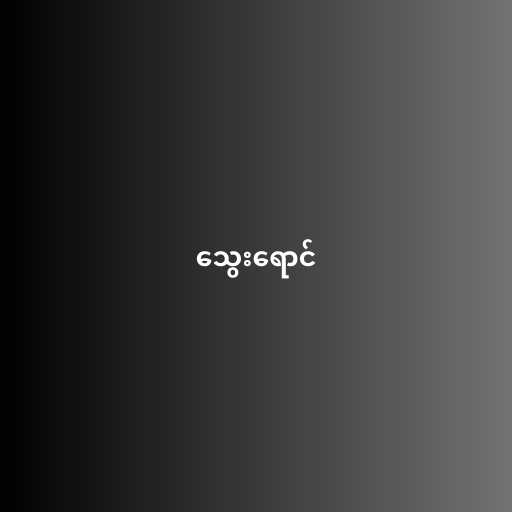
သွေးရောင်